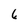
Character: 6